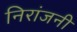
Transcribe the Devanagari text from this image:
निरांजनी